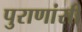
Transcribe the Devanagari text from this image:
पुराणांसी